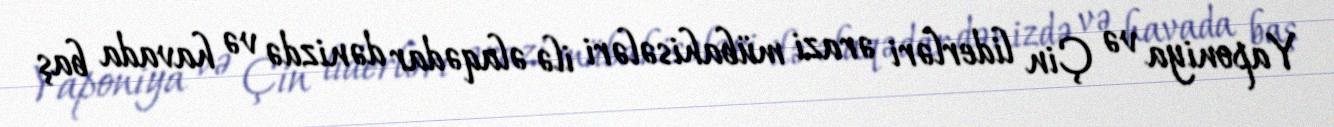
Yaponiya və Çin liderləri ərazi mübahisələri ilə əlaqədar dənizdə və havada baş